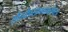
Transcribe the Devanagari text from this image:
सौंदर्यप्रसाधनाबरोबरच